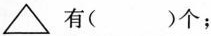
\triangle有( )个；